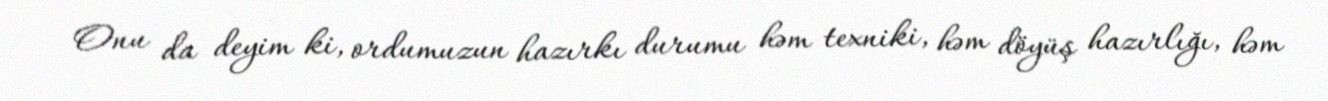
Onu da deyim ki, ordumuzun hazırkı durumu həm texniki, həm döyüş hazırlığı, həm